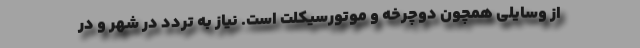
از وسایلی همچون دوچرخه و موتورسیکلت است. نیاز به تردد در شهر و در